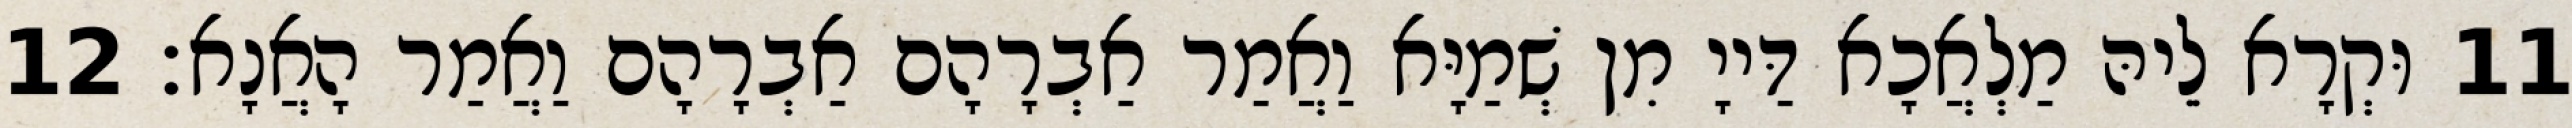
11 וּקְרָא לֵיהּ מַלְאֲכָא דַּייָ מִן שְׁמַיָּא וַאֲמַר אַבְרָהָם אַבְרָהָם וַאֲמַר הָאֲנָא׃ 12